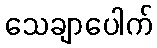
သေချာပေါက်